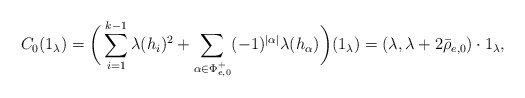
\begin{align*}C_0(1_{\lambda})=\bigg(\sum_{i=1}^{k-1}\lambda(h_i)^2+\sum_{\alpha\in\Phi^{+}_{e,0}}(-1)^{|\alpha|}\lambda(h_\alpha)\bigg)(1_{\lambda})=(\lambda,\lambda+2\bar\rho_{e,0})\cdot1_{\lambda},\end{align*}